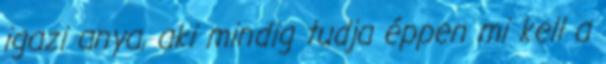
igazi anya, aki mindig tudja éppen mi kell a